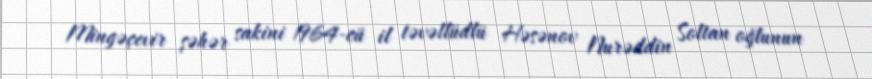
Mingəçevir şəhər sakini 1964-cü il təvəllüdlü Həsənov Nurəddin Soltan oğlunun